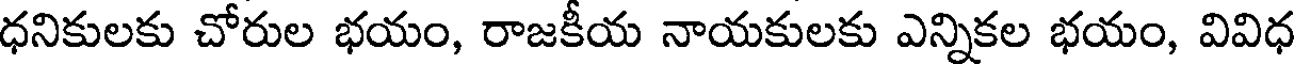
ధనికులకు చోరుల భయం, రాజకీయ నాయకులకు ఎన్నికల భయం, వివిధ